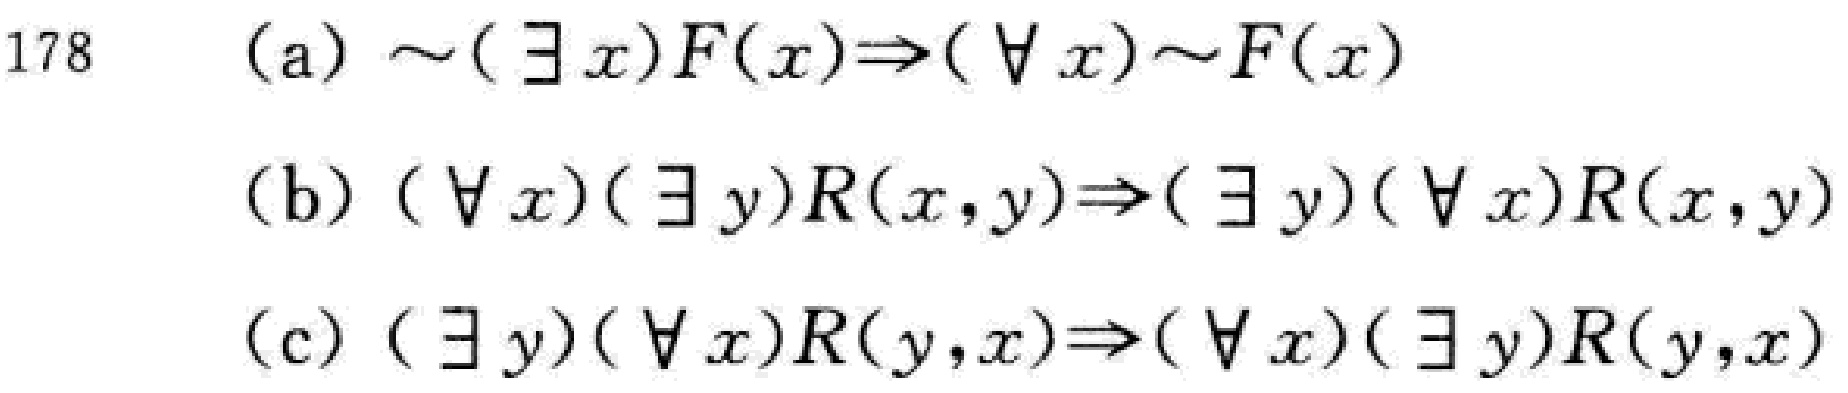
(a) \(\sim(\exists x)F(x)\Rightarrow(\forall x)\sim F(x)\)

(b) \((\forall x)(\exists y)R(x,y)\Rightarrow(\exists y)(\forall x)R(x,y)\)

(c) \((\exists y)(\forall x)R(y,x)\Rightarrow(\forall x)(\exists y)R(y,x)\)